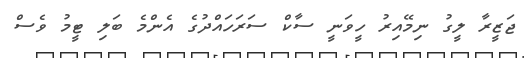
ޖަޒީރާ ލީގު ނިމޭއިރު ހީވަނީ ސާކް ސަރަހައްދުގެ އެންމެ ބަލި ޓީމު ވެސް